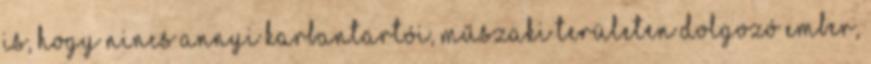
is, hogy nincs annyi karbantartói, műszaki területen dolgozó ember,